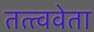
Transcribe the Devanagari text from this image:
तत्त्ववेता